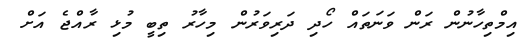
އިމްތިހާނުން ރަން ވަނަތައް ހޯދި ދަރިވަރުން މިހާރު ތިބީ މުޅި ރާއްޖެ އަށް